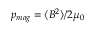
p _ { m a g } = \langle B ^ { 2 } \rangle / 2 \mu _ { 0 }